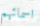
اسمائهم